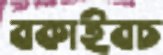
বকাইবচ